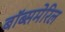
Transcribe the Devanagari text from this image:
बॉब्समेरिल